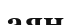
аян